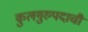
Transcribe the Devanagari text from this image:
कुलगुरुपदाची